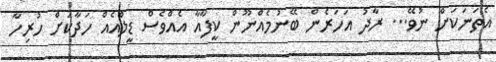
އެތަނަކަށް ނުވޭ... ރާދު އަހަރެން ބޭނުމެއްނޫން ކީފާއާ އެއްވެސް ޑީލްއެއް ހަދާކަށް ހުރިހާ